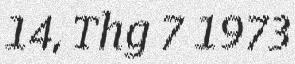
14, Thg 7 1973